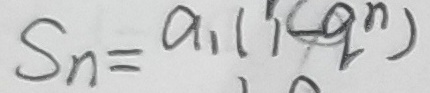
S _ { n } = a _ { 1 } ( 1 - q ^ { n } )